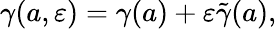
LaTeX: \gamma(a,\varepsilon)=\gamma(a)+\varepsilon\tilde{\gamma}(a),